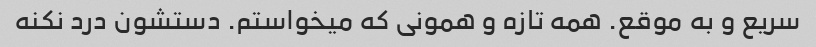
سریع و به موقع. همه تازه و همونی که میخواستم. دستشون درد نکنه